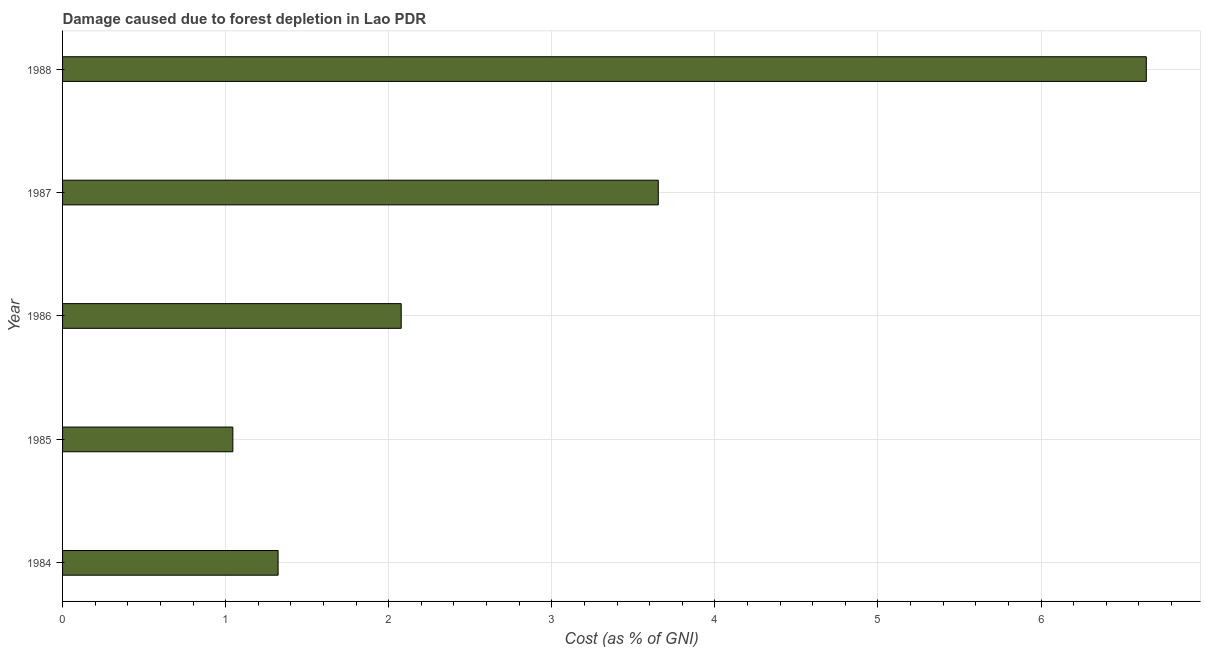
| Year | net forest depletion |
 | --- | --- |
 | 1984 | 1.32 |
 | 1985 | 1.04 |
 | 1986 | 2.08 |
 | 1987 | 3.65 |
 | 1988 | 6.65 |